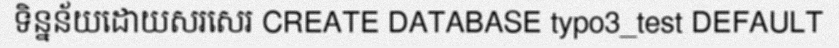
ទិន្នន័យដោយសរសេរ CREATE DATABASE typo3_test DEFAULT